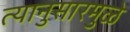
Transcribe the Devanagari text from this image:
त्यानुसारमुळे